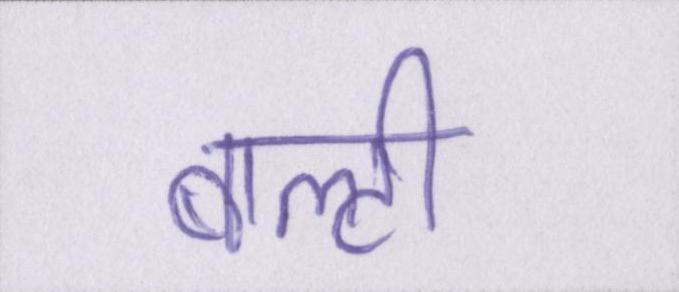
बाल्टी